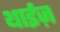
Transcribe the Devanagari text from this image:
थाईज़